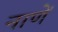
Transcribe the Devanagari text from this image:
नाणें